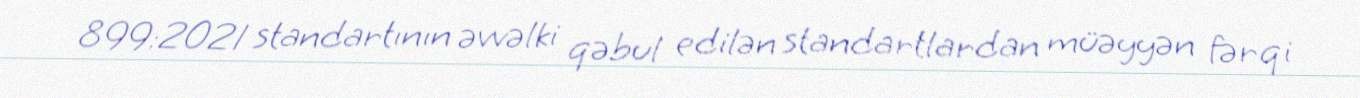
899:2021 standartının əvvəlki qəbul edilən standartlardan müəyyən fərqi